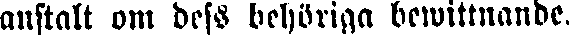
anstalt om dess behöriga bewittnande,